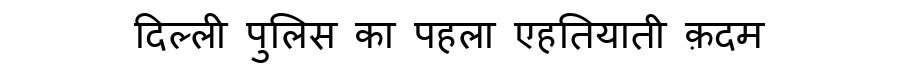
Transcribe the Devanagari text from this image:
दिल्ली पुलिस का पहला एहतियाती क़दम